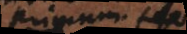
primum et